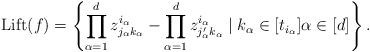
LaTeX: \begin{align*}\mathrm{Lift}(f) = \left\lbrace \prod_{\alpha=1}^d z^{i_{\alpha}}_{j_{\alpha}k_{\alpha}} - \prod_{\alpha=1}^d z^{i_{\alpha}}_{j'_{\alpha} k_{\alpha}} \mid k_{\alpha} \in [t_{i_{\alpha}}] \alpha \in [d]\right\rbrace.\end{align*}